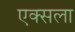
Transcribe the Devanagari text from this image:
एक्सला